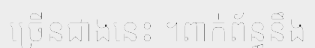
ច្រើនជាងនេះ ។ពាក់ព័ន្ធនឹង